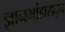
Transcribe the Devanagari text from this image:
ज्ञानभांडारातून